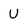
Character: U